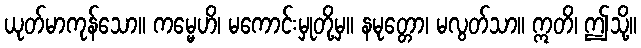
ယုတ်မာကုန်သော။ ကမ္မေဟိ၊ မကောင်းမှုတို့မှ။ နမုတ္တော၊ မလွတ်သာ။ ဣတိ၊ ဤသို့။